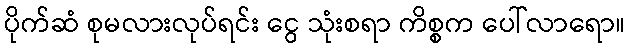
ပိုက်ဆံ စုမလားလုပ်ရင်း ငွေ သုံးစရာ ကိစ္စက ပေါ်လာရော။